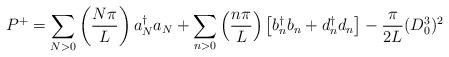
LaTeX: \begin{align*}P^+ = \sum_{N>0}\left({N\pi \over L }\right) a{_N ^\dagger} a_N+\sum_{n>0}\left({n\pi \over L }\right) \left[b{_n^\dagger} b_n + d{_n^\dagger}d_n \right] - {\pi \over 2L} (D_0^3)^2\end{align*}